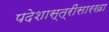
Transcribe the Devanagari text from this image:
पदेशास्त्रींसारखा